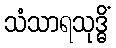
သံသာရသုဒ္ဓိံ